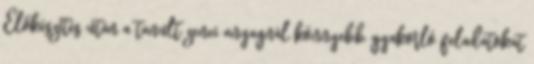
Előkészítés után a tanult zenei anyagnál könnyebb gyakorló feladatokat